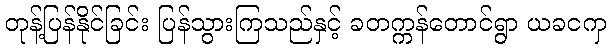
တုန့်ပြန်နိုင်ခြင်း ပြန်သွားကြသည်နှင့် ခတက္ကန်တောင်ရွာ ယခငကှ